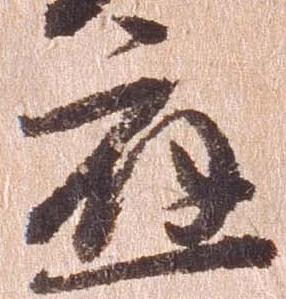
応